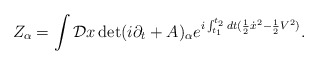
\begin{align*}Z_{\alpha} = \int {\cal D} x \det ( i\partial_t + A )_{\alpha} e^{i\int_{t_1}^{t_2} dt ({1\over 2} {\dot x}^2 - {1\over 2} V^2 )}.\end{align*}